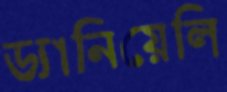
ড্যানিয়েলি